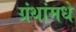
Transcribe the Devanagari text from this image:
ग्रंथांमधे